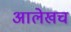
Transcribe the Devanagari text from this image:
अालेखच